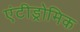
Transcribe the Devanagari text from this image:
एंटीड्रोमिक